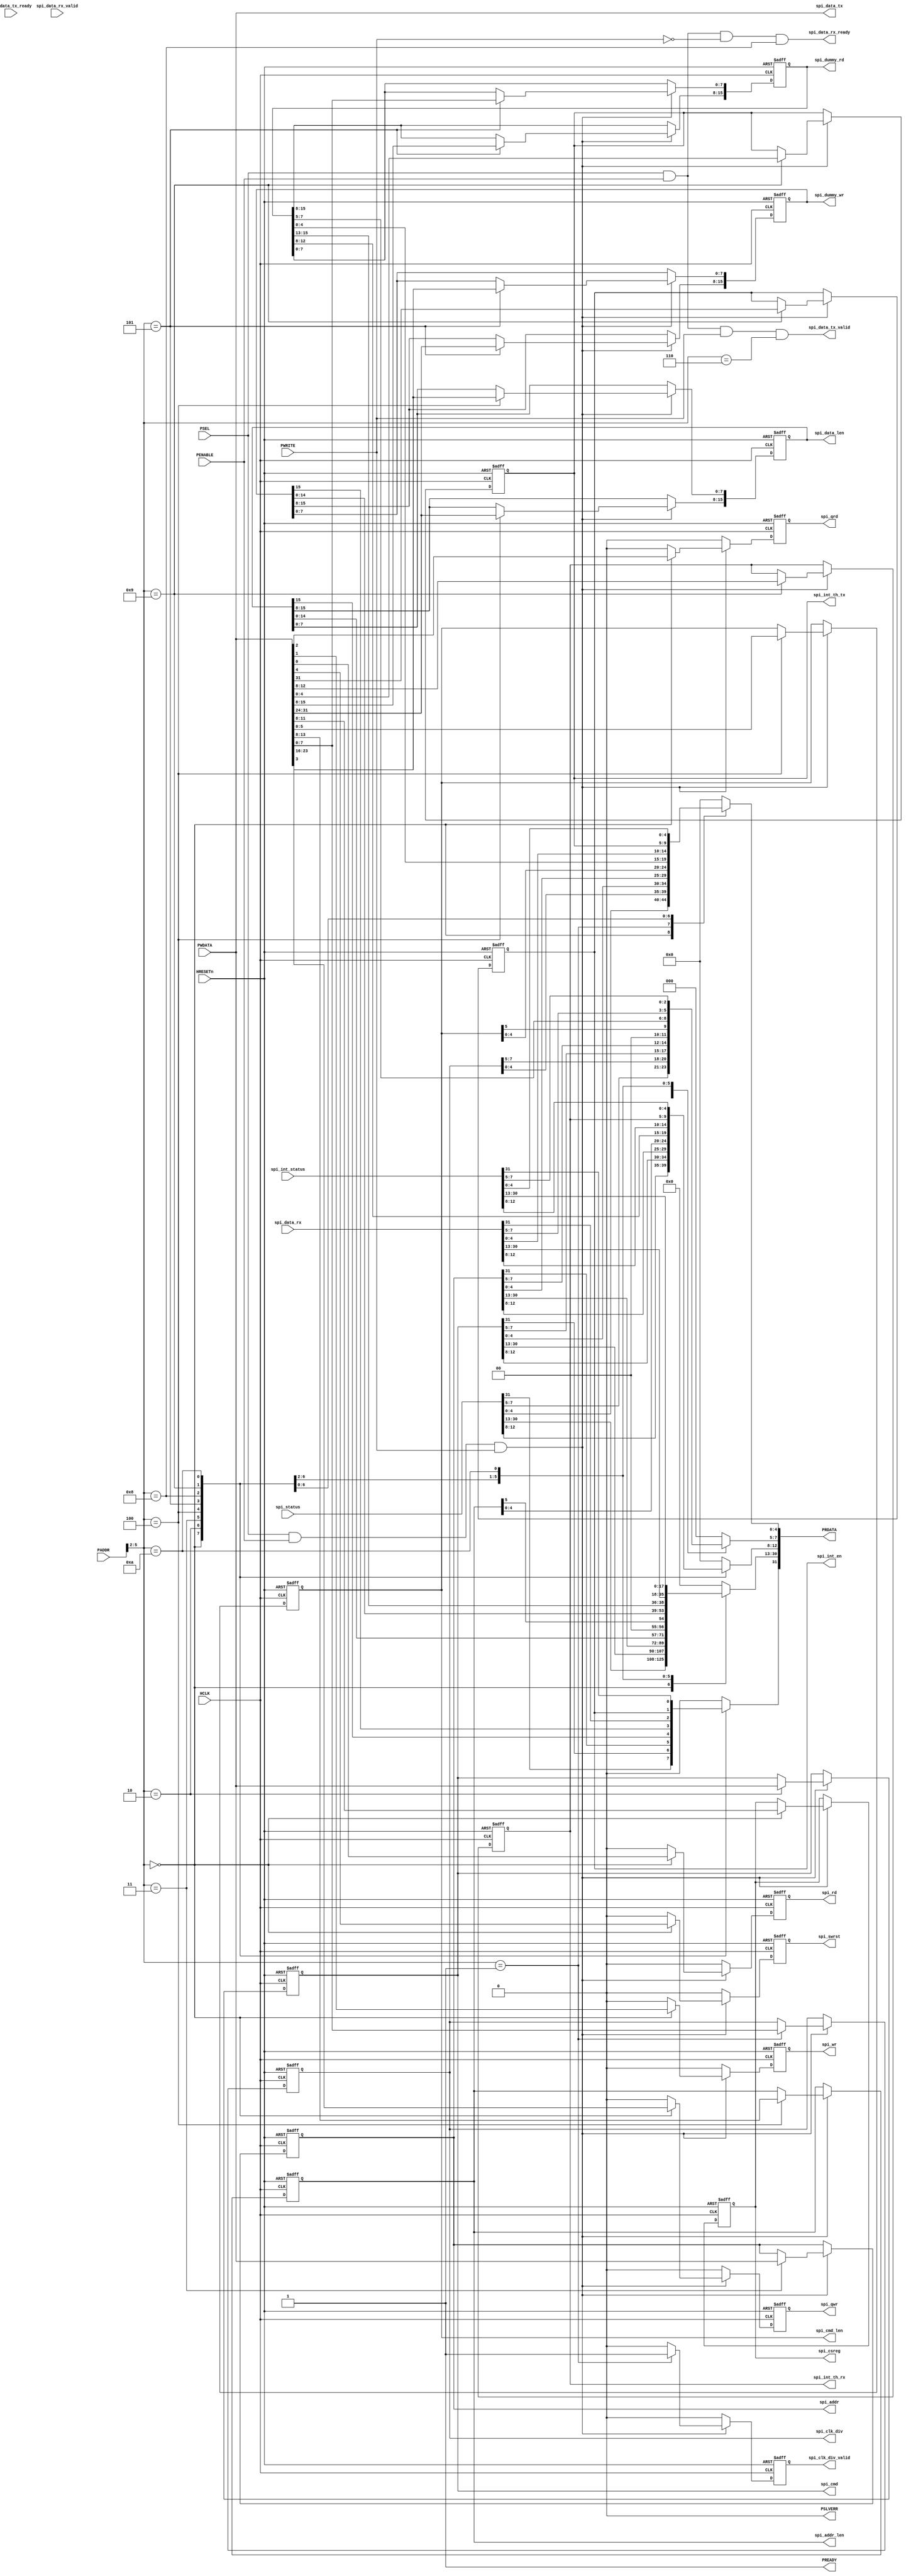
// Copyright 2017 ETH Zurich and University of Bologna.
// -- Adaptable modifications made for hbirdv2 SoC. -- 
// Copyright 2020 Nuclei System Technology, Inc.
// Copyright and related rights are licensed under the Solderpad Hardware
// License, Version 0.51 (the License); you may not use this file except in
// compliance with the License.  You may obtain a copy of the License at
// http://solderpad.org/licenses/SHL-0.51. Unless required by applicable law
// or agreed to in writing, software, hardware and materials distributed under
// this License is distributed on an AS IS BASIS, WITHOUT WARRANTIES OR
// CONDITIONS OF ANY KIND, either express or implied. See the License for the
// specific language governing permissions and limitations under the License.

`define log2(VALUE) ((VALUE) < ( 1 ) ? 0 : (VALUE) < ( 2 ) ? 1 : (VALUE) < ( 4 ) ? 2 : (VALUE) < ( 8 ) ? 3 : (VALUE) < ( 16 )  ? 4 : (VALUE) < ( 32 )  ? 5 : (VALUE) < ( 64 )  ? 6 : (VALUE) < ( 128 ) ? 7 : (VALUE) < ( 256 ) ? 8 : (VALUE) < ( 512 ) ? 9 : (VALUE) < ( 1024 ) ? 10 : (VALUE) < ( 2048 ) ? 11 : (VALUE) < ( 4096 ) ? 12 : (VALUE) < ( 8192 ) ? 13 : (VALUE) < ( 16384 ) ? 14 : (VALUE) < ( 32768 ) ? 15 : (VALUE) < ( 65536 ) ? 16 : (VALUE) < ( 131072 ) ? 17 : (VALUE) < ( 262144 ) ? 18 : (VALUE) < ( 524288 ) ? 19 : (VALUE) < ( 1048576 ) ? 20 : (VALUE) < ( 1048576 * 2 ) ? 21 : (VALUE) < ( 1048576 * 4 ) ? 22 : (VALUE) < ( 1048576 * 8 ) ? 23 : (VALUE) < ( 1048576 * 16 ) ? 24 : 25)

`define REG_STATUS 4'b0000 // BASEREG + 0x00
`define REG_CLKDIV 4'b0001 // BASEREG + 0x04
`define REG_SPICMD 4'b0010 // BASEREG + 0x08
`define REG_SPIADR 4'b0011 // BASEREG + 0x0C
`define REG_SPILEN 4'b0100 // BASEREG + 0x10
`define REG_SPIDUM 4'b0101 // BASEREG + 0x14
`define REG_TXFIFO 4'b0110 // BASEREG + 0x18
`define REG_RXFIFO 4'b1000 // BASEREG + 0x20
`define REG_INTCFG 4'b1001 // BASEREG + 0x24
`define REG_INTSTA 4'b1010 // BASEREG + 0x28

module spi_master_apb_if
#(
    parameter BUFFER_DEPTH   = 10,
    parameter APB_ADDR_WIDTH = 12,  //APB slaves are 4KB by default
    parameter LOG_BUFFER_DEPTH = `log2(BUFFER_DEPTH)
)
(
    input  wire                        HCLK,
    input  wire                        HRESETn,
    input  wire [APB_ADDR_WIDTH - 1:0] PADDR,
    input  wire [31:0]                 PWDATA,
    input  wire                        PWRITE,
    input  wire                        PSEL,
    input  wire                        PENABLE,
    output reg  [31:0]                 PRDATA,
    output wire                        PREADY,
    output wire                        PSLVERR,

    output reg  [7:0]                  spi_clk_div,
    output reg                         spi_clk_div_valid,
    input  wire [31:0]                 spi_status,
    output reg  [31:0]                 spi_addr,
    output reg  [5:0]                  spi_addr_len,
    output reg  [31:0]                 spi_cmd,
    output reg  [5:0]                  spi_cmd_len,
    output reg  [3:0]                  spi_csreg,
    output reg  [15:0]                 spi_data_len,
    output reg  [15:0]                 spi_dummy_rd,
    output reg  [15:0]                 spi_dummy_wr,
    output reg  [LOG_BUFFER_DEPTH:0]   spi_int_th_tx,
    output reg  [LOG_BUFFER_DEPTH:0]   spi_int_th_rx,
    output reg                         spi_int_en,
    input  wire [31:0]                 spi_int_status,
    output reg                         spi_swrst,
    output reg                         spi_rd,
    output reg                         spi_wr,
    output reg                         spi_qrd,
    output reg                         spi_qwr,
    output wire [31:0]                 spi_data_tx,
    output wire                        spi_data_tx_valid,
    input  wire                        spi_data_tx_ready,
    input  wire [31:0]                 spi_data_rx,
    input  wire                        spi_data_rx_valid,
    output wire                        spi_data_rx_ready
);

    wire [3:0] write_address;
    wire [3:0] read_address;
    
    assign write_address = PADDR[5:2];
    assign read_address  = PADDR[5:2];
    
    assign PSLVERR = 1'b0;
    assign PREADY  = 1'b1;
    
    always @(posedge HCLK or negedge HRESETn) begin
        if (HRESETn == 1'b0) begin
            spi_swrst         <= 1'b0;
            spi_rd            <= 1'b0;
            spi_wr            <= 1'b0;
            spi_qrd           <= 1'b0;
            spi_qwr           <= 1'b0;
            spi_clk_div_valid <= 1'b0;
            spi_clk_div       <= 'b0;
            spi_cmd           <= 'b0;
            spi_addr          <= 'b0;
            spi_cmd_len       <= 'b0;
            spi_addr_len      <= 'b0;
            spi_data_len      <= 'b0;
            spi_dummy_rd      <= 'b0;
            spi_dummy_wr      <= 'b0;
            spi_csreg         <= 'b0;
            spi_int_th_tx     <= 'b0;
            spi_int_th_rx     <= 'b0;
            spi_int_en        <= 1'b0;
	end else if (PSEL && PENABLE && PWRITE) begin
            spi_swrst         <= 1'b0;
            spi_rd            <= 1'b0;
            spi_wr            <= 1'b0;
            spi_qrd           <= 1'b0;
            spi_qwr           <= 1'b0;
            spi_clk_div_valid <= 1'b0;

            case (write_address)
                `REG_STATUS: begin
                    spi_rd    <= PWDATA[0];
                    spi_wr    <= PWDATA[1];
                    spi_qrd   <= PWDATA[2];
                    spi_qwr   <= PWDATA[3];
                    spi_swrst <= PWDATA[4];
                    spi_csreg <= PWDATA[11:8];
                end
                `REG_CLKDIV: begin
                    spi_clk_div       <= PWDATA[7:0];
                    spi_clk_div_valid <= 1'b1;
                end
                `REG_SPICMD: spi_cmd  <= PWDATA;
                `REG_SPIADR: spi_addr <= PWDATA;
                `REG_SPILEN: begin
                    spi_cmd_len        <= PWDATA[5:0];
                    spi_addr_len       <= PWDATA[13:8];
                    spi_data_len[7:0]  <= PWDATA[23:16];
                    spi_data_len[15:8] <= PWDATA[31:24];
                end
                `REG_SPIDUM: begin
                    spi_dummy_rd[7:0]  <= PWDATA[7:0];
                    spi_dummy_rd[15:8] <= PWDATA[15:8];
                    spi_dummy_wr[7:0]  <= PWDATA[23:16];
                    spi_dummy_wr[15:8] <= PWDATA[31:24];
                end
                `REG_INTCFG: begin
                    spi_int_th_tx <= PWDATA[LOG_BUFFER_DEPTH:0];
                    spi_int_th_rx <= PWDATA[8 + LOG_BUFFER_DEPTH:8];
                    spi_int_en    <= PWDATA[31];
                end
            endcase
	end else begin
            spi_swrst         <= 1'b0;
            spi_rd            <= 1'b0;
            spi_wr            <= 1'b0;
            spi_qrd           <= 1'b0;
            spi_qwr           <= 1'b0;
            spi_clk_div_valid <= 1'b0;
        end
    end  // SLAVE_REG_WRITE_PROC
    
    
    // implement slave model register read mux
    always @(*) begin
        case (read_address)
            `REG_STATUS: PRDATA = spi_status;
            `REG_CLKDIV: PRDATA = {24'h0, spi_clk_div};
            `REG_SPICMD: PRDATA = spi_cmd;
            `REG_SPIADR: PRDATA = spi_addr;
            `REG_SPILEN: PRDATA = {spi_data_len, 2'b00, spi_addr_len, 2'b00, spi_cmd_len};
            `REG_SPIDUM: PRDATA = {spi_dummy_wr, spi_dummy_rd};
            `REG_RXFIFO: PRDATA = spi_data_rx;
            `REG_INTCFG: begin
                PRDATA                         = 'b0;
                PRDATA[LOG_BUFFER_DEPTH:0]     = spi_int_th_tx;
                PRDATA[8 + LOG_BUFFER_DEPTH:8] = spi_int_th_rx;
                PRDATA[31]                     = spi_int_en;
            end
            `REG_INTSTA: PRDATA = spi_int_status;
            default: PRDATA = 'b0;
        endcase
    end    // SLAVE_REG_READ_PROC

    assign spi_data_tx       = PWDATA;
    assign spi_data_tx_valid = ((PSEL & PENABLE) & PWRITE) & (write_address == `REG_TXFIFO);
    assign spi_data_rx_ready = ((PSEL & PENABLE) & ~PWRITE) & (read_address == `REG_RXFIFO);


endmodule